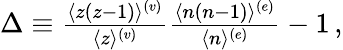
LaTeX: \begin{array}{r}{\Delta\equiv{\frac{\langle z(z-1)\rangle^{(v)}}{\langle z\rangle^{(v)}}}{\frac{\langle n(n-1)\rangle^{(e)}}{\langle n\rangle^{(e)}}}-1\, ,}\end{array}